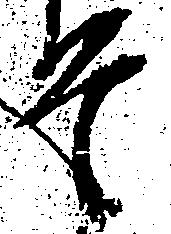
そ